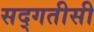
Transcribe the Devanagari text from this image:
सद्गतीसी